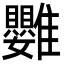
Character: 䨉